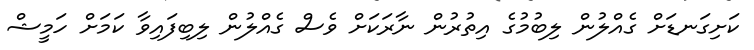
ކަށިގަނޑަށް ގެއްލުން ލިބުމުގެ އިތުރުން ނާރަކަށް ވެސް ގެއްލުން ލިބިފައިވާ ކަމަށް ހަމީޝް